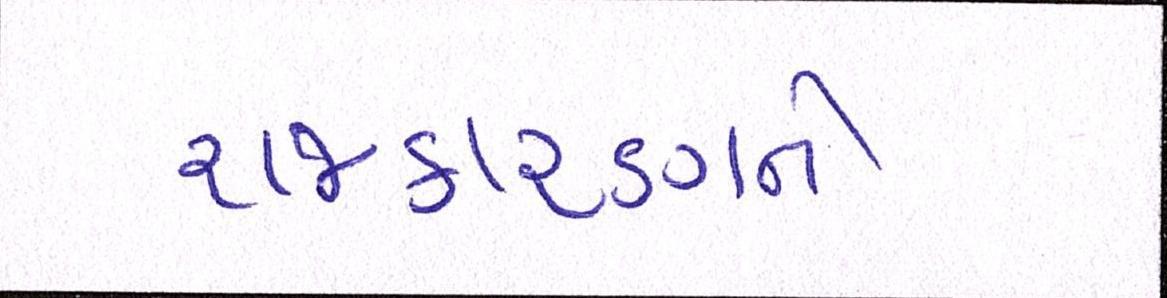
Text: રાજકારણને